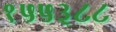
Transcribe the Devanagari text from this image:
१५५३८८